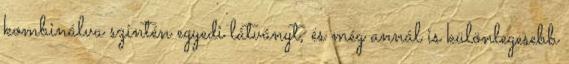
kombinálva szintén egyedi látványt, és még annál is különlegesebb